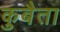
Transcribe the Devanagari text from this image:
कुबैता